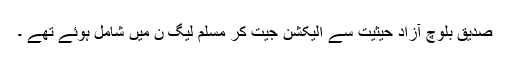
صدیق بلوچ آزاد حیثیت سے الیکشن جیت کر مسلم لیگ ن میں شامل ہوئے تھے ۔